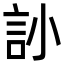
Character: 䚱